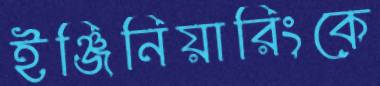
ইঞ্জিনিয়ারিংকে